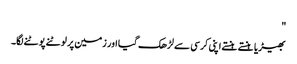
"
بھیڑیا ہنستے ہنستے اپنی کرسی سے لڑھک گیا اور زمین پر لوٹنے پوٹنے لگا۔